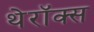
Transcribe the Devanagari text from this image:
थेरॉक्स